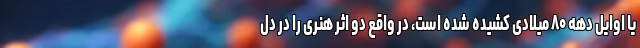
یا اوایل دهه ۸۰ میلادی کشیده شده است، در واقع دو اثر هنری را در دل